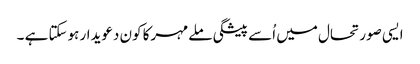
ایسی صورتحال میں اُسے پیشگی ملےمہرکا کون دعویدار ہوسکتا ہے ۔